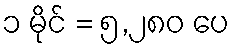
၁ မိုင် = ၅,၂၈၀ ပေ